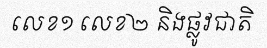
លេខ១ លេខ២ និងផ្លូវជាតិ